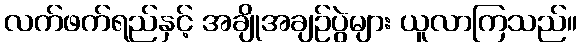
လက်ဖက်ရည်နှင့် အချိုအချဉ်ပွဲများ ယူလာကြသည်။